Civil Veterinary Department Bengal reports 1923-33 - 1923-1933
Year: 1923
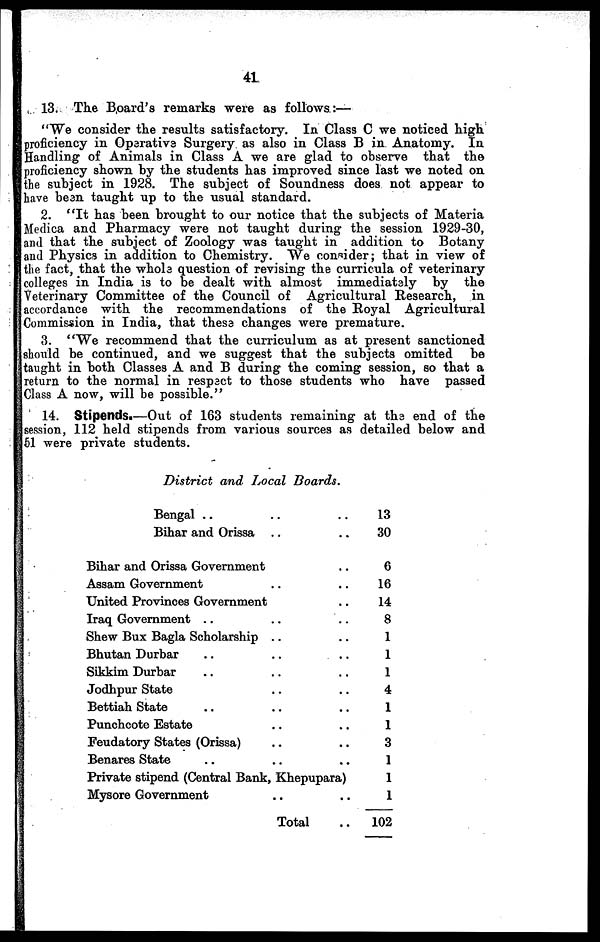
41
13. The Board's remarks were as follows:—
"We consider the results satisfactory. In Class C we noticed high
proficiency in Operative Surgery as also in Class B in Anatomy. In
Handling of Animals in Class A we are glad to observe that the
proficiency shown by the students has improved since last we noted on
the subject in 1928. The subject of Soundness does not appear to
have been taught up to the usual standard.
2. "It has been brought to our notice that the subjects of Materia
Medica and Pharmacy were not taught during the session 1929-30,
and that the subject of Zoology was taught in addition to Botany
and Physics in addition to Chemistry. We consider; that in view of
the fact, that the whole question of revising the curricula of veterinary
colleges in India is to be dealt with almost immediately by the
Veterinary Committee of the Council of Agricultural Research, in
accordance with the recommendations of the Royal Agricultural
Commission in India, that these changes were premature.
3. "We recommend that the curriculum as at present sanctioned
should be continued, and we suggest that the subjects omitted
be
taught in both Classes A and B during the coming session, so that a
return to the normal in respect to those students who have passed
Class A now, will be possible."
14. Stipends.—Out of 163 students remaining at the end of the
session, 112 held stipends from various sources as detailed below and
51 were private students.
District and Local Boards.
Bengal
Bihar and Orissa .. ..
Bihar and Orissa Government ..
Assam Government .. ..
United Provinces Government ..
Iraq Government .. ..
Shew Bux Bagla Scholarship .. ..
Bhutan Durbar .. ..
Sikkim Durbar .. ..
Jodhpur State .. ..
Bettiah State .. ....
Punchcote Estate ....
Feudatory States (Orissa) .. ..
Benares State .. .. ..
Private stipend (Central Bank, Khepupara)
Mysore Government .. ..
Total ..
13
30
6
16
14
8
1
1
1
4
1
1
3
1
1
1
102